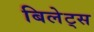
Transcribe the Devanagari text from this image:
बिलेट्स